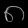
Digit: ၈